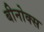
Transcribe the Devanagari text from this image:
बीनोक्स